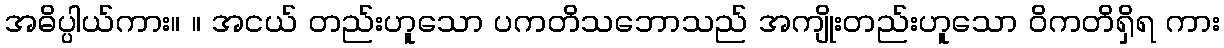
အဓိပ္ပါယ်ကား။ ။ အငယ် တည်းဟူသော ပကတိသဘောသည် အကျိုးတည်းဟူသော ဝိကတိရှိရ ကား